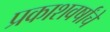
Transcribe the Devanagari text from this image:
प्रकाशवर्षांचे